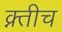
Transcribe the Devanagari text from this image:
क्न्तीच